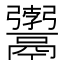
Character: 𩱚